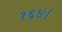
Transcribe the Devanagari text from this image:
१६४।